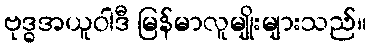
ဗုဒ္ဓအယူဝါဒီ မြန်မာလူမျိုးများသည်။